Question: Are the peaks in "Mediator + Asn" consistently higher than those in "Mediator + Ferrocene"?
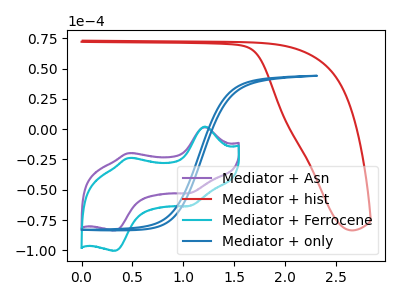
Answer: <think>The purple curve "Mediator + Asn" has anodic peaks at (1.20V, 1.80uA) (0.45V, -19.80uA) and cathodic peaks at (1.05V, -52.75uA) (0.35V, -83.55uA). The red curve "Mediator + hist" has no peaks. The cyan curve "Mediator + Ferrocene" has anodic peaks at (1.20V, 2.15uA) (0.45V, -23.80uA) and cathodic peaks at (1.05V, -63.35uA) (0.35V, -100.40uA). The blue curve "Mediator + only" has no peaks.</think>
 <answer>The peaks in "Mediator + Asn" are neither all higher or all lower than the peaks in "Mediator + Ferrocene".</answer>
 <eval>mixed</eval>